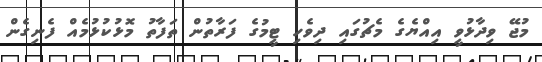
މުޖޭ ވިދާޅުވީ އިއްޔެގެ މެޗުގައި ދިވެހި ޓީމުގެ ފަރާތުން ތަފާތު މޮޅުކުޅުމެއް ފެނިގެން